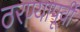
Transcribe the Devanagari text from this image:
ठरण्यापूर्वी